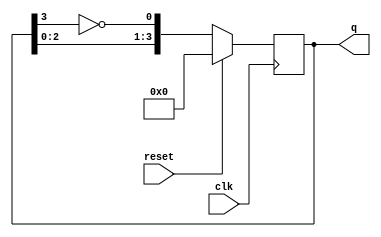
module johnson_counter #(parameter n = 4) (
    input wire clk,        // Clock input
    input wire reset,      // Synchronous reset
    output reg [n-1:0] q   // Counter output
);

// Internal signal for the inverted output of the last flip-flop
wire feedback;

// Feedback is the inverted output of the last flip-flop
assign feedback = ~q[n-1];

always @(posedge clk) begin
    if (reset) begin
        // On reset, initialize the counter to zero
        q <= 0;
    end else begin
        // Shift the bits and apply feedback
        q <= {q[n-2:0], feedback};
    end
end

endmodule